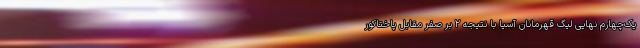
یک‌چهارم نهایی لیگ قهرمانان آسیا با نتیجه ۲ بر صفر مقابل پاختاکور